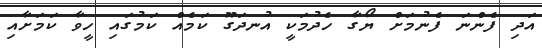
އަދި ފެންނަ ފެނުމަށް ޔޯގާ ހެދުމަކީ އުނދަގޫ ކަމެއް ކަމުގައި ހީވާ ކަމަށާއި